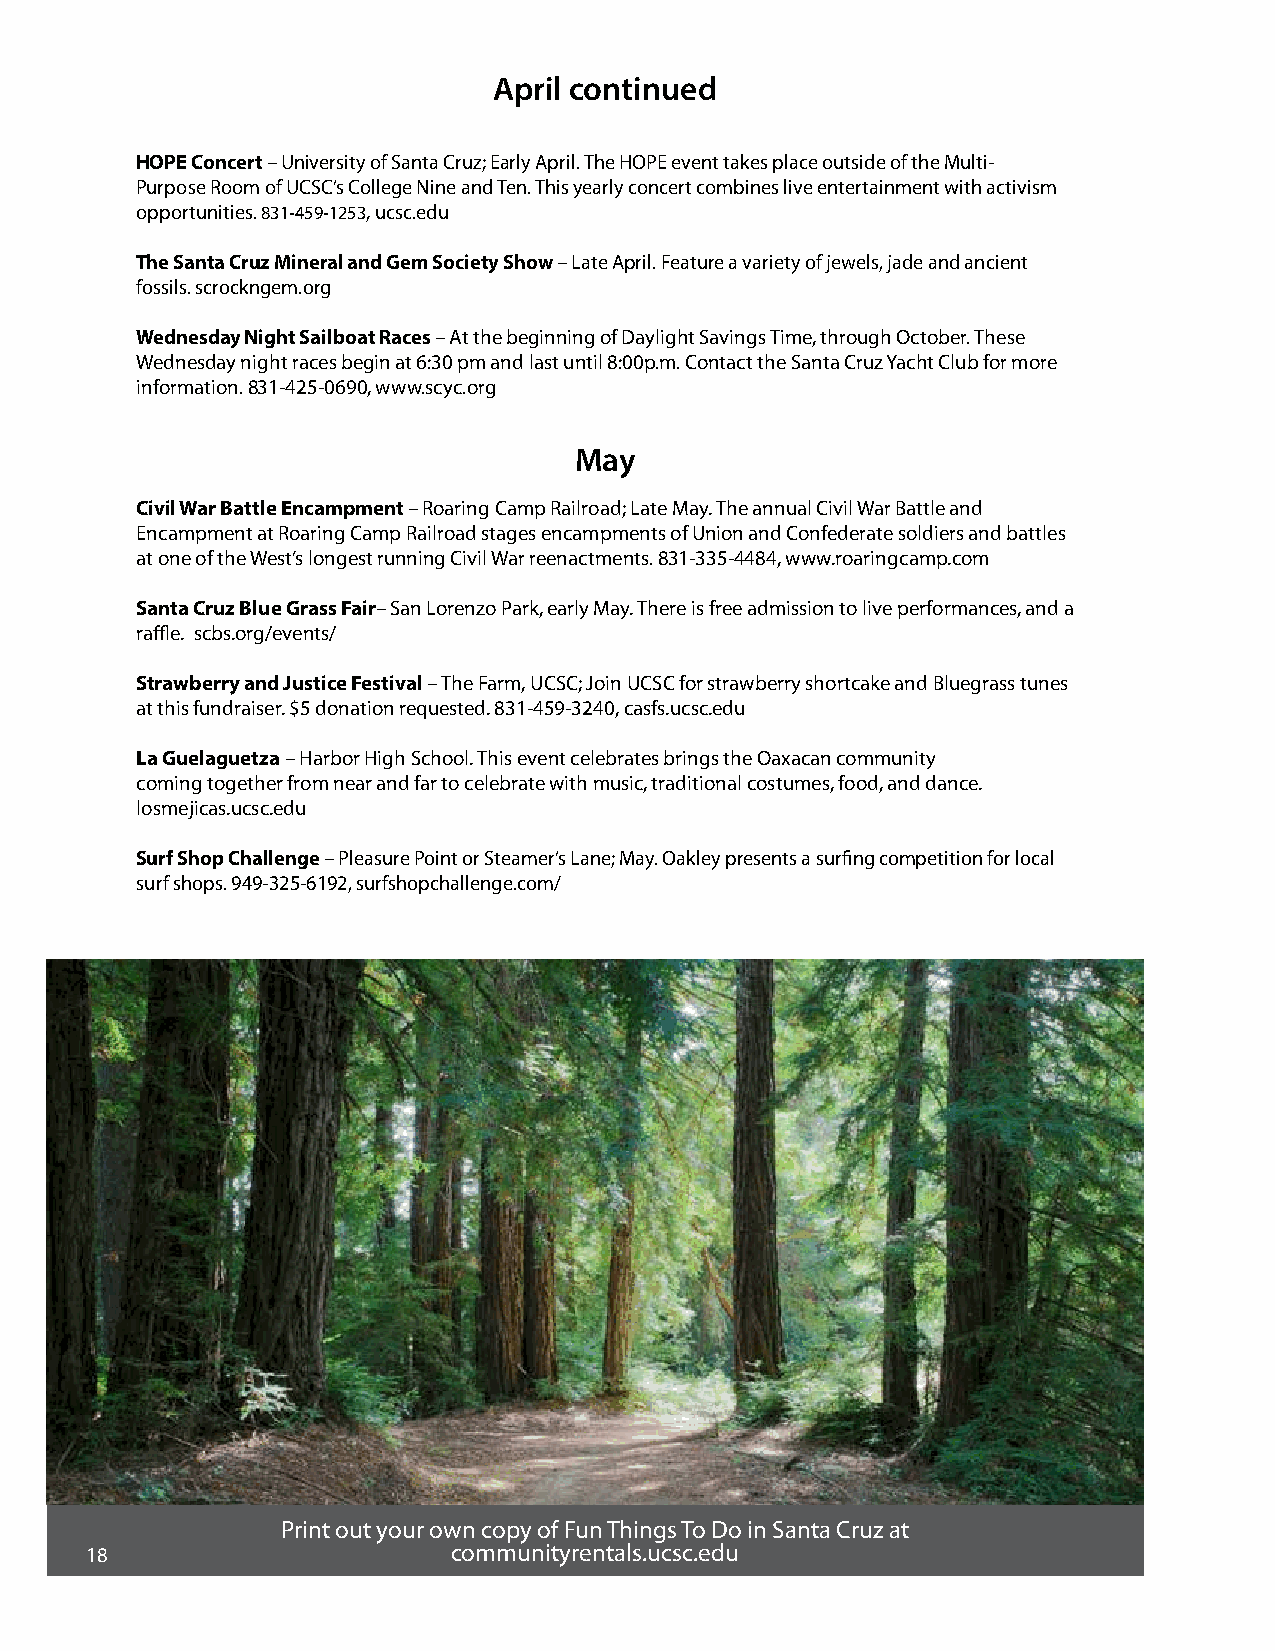
April continued
 HOPE Concert – University of Santa Cruz; Early April. The HOPE event takes place outside of the Multi-
 Purpose Room of UCSC’s College Nine and Ten. This yearly concert combines live entertainment with activism
 opportunities. 831-459-1253, ucsc.edu
 The Santa Cruz Mineral and Gem Society Show – Late April. Feature a variety of jewels, jade and ancient
 fossils. scrockngem.org
 Wednesday Night Sailboat Races – At the beginning of Daylight Savings Time, through October. These
 Wednesday night races begin at 6:30 pm and last until 8:00p.m. Contact the Santa Cruz Yacht Club for more
 information. 831-425-0690, www.scyc.org
 May
 Civil War Battle Encampment – Roaring Camp Railroad; Late May. The annual Civil War Battle and
 Encampment at Roaring Camp Railroad stages encampments of Union and Confederate soldiers and battles
 at one of the West’s longest running Civil War reenactments. 831-335-4484, www.roaringcamp.com
 Santa Cruz Blue Grass Fair– San Lorenzo Park, early May. There is free admission to live performances, and a
 raffle. scbs.org/events/
 Strawberry and Justice Festival – The Farm, UCSC; Join UCSC for strawberry shortcake and Bluegrass tunes
 at this fundraiser. $5 donation requested. 831-459-3240, casfs.ucsc.edu
 La Guelaguetza – Harbor High School. This event celebrates brings the Oaxacan community
 coming together from near and far to celebrate with music, traditional costumes, food, and dance.
 losmejicas.ucsc.edu
 Surf Shop Challenge – Pleasure Point or Steamer’s Lane; May. Oakley presents a surfing competition for local
 surf shops. 949-325-6192, surfshopchallenge.com/
 Print out your own copy of Fun Things To Do in Santa Cruz at
 18                      communityrentals.ucsc.edu